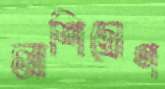
আশিদ্রোণ